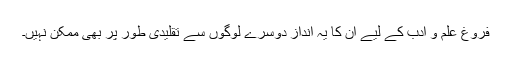
فروغ علم و ادب کے لیے ان کا یہ انداز دوسرے لوگوں سے تقلیدی طور پر بھی ممکن نہیں۔